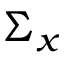
\Sigma _ { x }